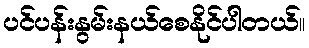
ပင်ပန်းနွမ်းနယ်စေနိုင်ပါတယ်။